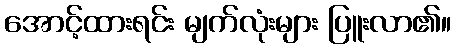
အောင့်ထားရင်း မျက်လုံးများ ပြူးလာ၏။